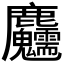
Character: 𪋺